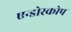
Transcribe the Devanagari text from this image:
एन्डोस्कोप